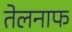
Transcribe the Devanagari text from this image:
तेलनाफ